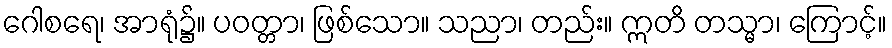
ဂေါစရေ၊ အာရုံ၌။ ပဝတ္တာ၊ ဖြစ်သော။ သညာ၊ တည်း။ ဣတိ တသ္မာ၊ ကြောင့်။